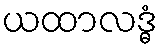
ယထာလဒ္ဓံ